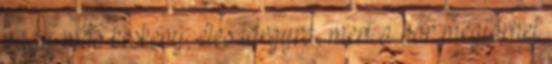
vagy más keskeny, éles tárgyra, mert a bőr megtörhet